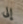
إلى